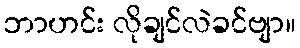
ဘာဟင်း လိုချင်လဲခင်ဗျာ။